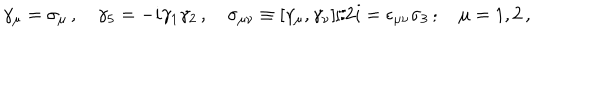
LaTeX: \gamma _ { \mu } = \sigma _ { \mu } \, , \quad \gamma _ { 5 } = - i \gamma _ { 1 } \gamma _ { 2 } \, , \quad \sigma _ { \mu \nu } \equiv [ \gamma _ { \mu } , \gamma _ { \nu } ] / 2 i = \epsilon _ { \mu \nu } \sigma _ { 3 } \, ; \quad \mu = 1 , 2 \, ,